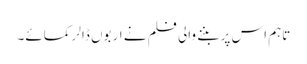
تاہم اس پر بننے والی فلم نے اربوں ڈالر کمائے۔